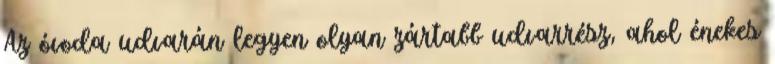
Az óvoda udvarán legyen olyan zártabb udvarrész, ahol énekes